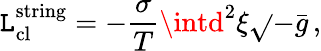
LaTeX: \mathtt{L}_{\mathrm{{cl}}}^{\mathrm{{string}}}=-\frac{{\sigma}}{{T}}\intd^{2}\xi\sqrt{}{{-\bar{{g}}}}\, ,